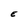
Character: E